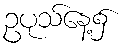
ဥပုသ်နေ့၌